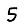
Digit: 5